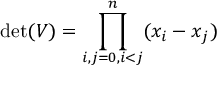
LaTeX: \operatorname* { d e t } ( V ) = \prod _ { i , j = 0 , i < j } ^ { n } ( x _ { i } - x _ { j } )